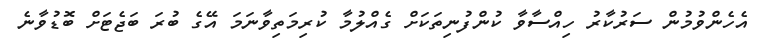
އެހެންވުމުން ސަރުކާރު ހިއްސާވާ ކުންފުނިތަކަށް ގެއްލުމާ ކުރިމަތިވާނަމަ އޭގެ ބުރަ ބަޖެޓަށް ބޮޑުވާނެ